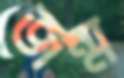
জন্ম